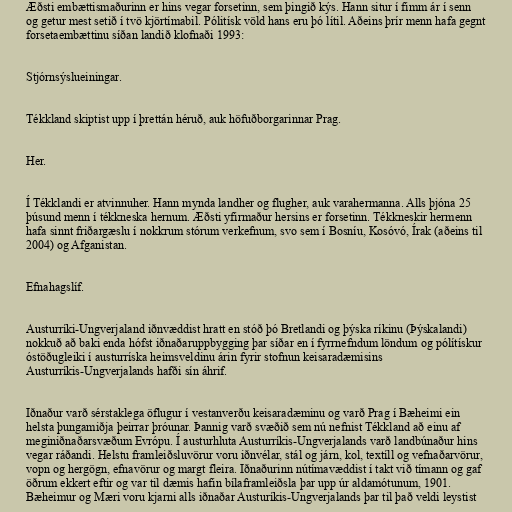
Æðsti embættismaðurinn er hins vegar forsetinn, sem þingið kýs. Hann situr í fimm ár í senn
og getur mest setið í tvö kjörtímabil. Pólitísk völd hans eru þó lítil. Aðeins þrír menn hafa gegnt
forsetaembættinu síðan landið klofnaði 1993:

Stjórnsýslueiningar.

Tékkland skiptist upp í þrettán héruð, auk höfuðborgarinnar Prag.

Her.

Í Tékklandi er atvinnuher. Hann mynda landher og flugher, auk varahermanna. Alls þjóna 25
þúsund menn í tékkneska hernum. Æðsti yfirmaður hersins er forsetinn. Tékkneskir hermenn
hafa sinnt friðargæslu í nokkrum stórum verkefnum, svo sem í Bosníu, Kosóvó, Írak (aðeins til
2004) og Afganistan.

Efnahagslíf.

Austurríki-Ungverjaland iðnvæddist hratt en stóð þó Bretlandi og þýska ríkinu (Þýskalandi)
nokkuð að baki enda hófst iðnaðaruppbygging þar síðar en í fyrrnefndum löndum og pólítískur
óstöðugleiki í austurríska heimsveldinu árin fyrir stofnun keisaradæmisins
Austurríkis-Ungverjalands hafði sín áhrif.

Iðnaður varð sérstaklega öflugur í vestanverðu keisaradæminu og varð Prag í Bæheimi ein
helsta þungamiðja þeirrar þróunar. Þannig varð svæðið sem nú nefnist Tékkland að einu af
meginiðnaðarsvæðum Evrópu. Í austurhluta Austurríkis-Ungverjalands varð landbúnaður hins
vegar ráðandi. Helstu framleiðsluvörur voru iðnvélar, stál og járn, kol, textíll og vefnaðarvörur,
vopn og hergögn, efnavörur og margt fleira. Iðnaðurinn nútímavæddist í takt við tímann og gaf
öðrum ekkert eftir og var til dæmis hafin bílaframleiðsla þar upp úr aldamótunum, 1901.
Bæheimur og Mæri voru kjarni alls iðnaðar Austuríkis-Ungverjalands þar til það veldi leystist